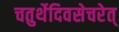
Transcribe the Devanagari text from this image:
चतुर्थेदिवसेचरेत्